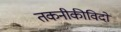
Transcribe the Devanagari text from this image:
तकनीकीविदों